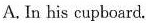
A. In his cupboard.